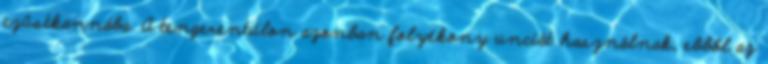
ezüstkannába. A tengerentúlon azonban folyékony unciát használnak, ebből az